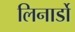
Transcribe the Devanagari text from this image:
लिनार्डो